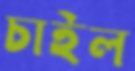
চাইল